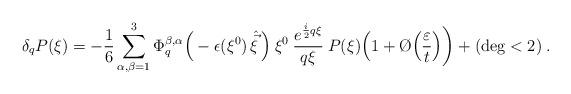
LaTeX: \begin{align*}\delta_q P(\xi) &= -\frac{1}{6} \sum_{\alpha, \beta=1}^3\Phi_q^{\beta, \alpha}\Big( -\epsilon(\xi^0)\, \hat{\vec{\xi}} \,\Big)\:\xi^0\:\frac{e^{\frac{i}{2} q \xi}}{q \xi}\: P(\xi) \Big( 1 + \O \Big( \frac{\varepsilon}{t} \Big) \bigg) + (\deg < 2) \:.\end{align*}